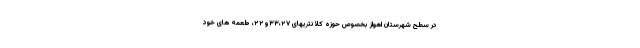
در سطح شهرستان اهواز بخصوص حوزه کلانتریهای ۳۳،۲۷و۲۲، طعمه های خود